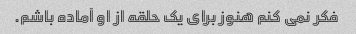
فکر نمی کنم هنوز برای یک حلقه از او آماده باشم.